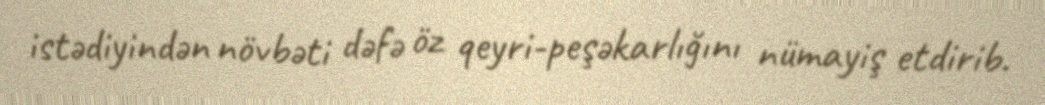
istədiyindən növbəti dəfə öz qeyri-peşəkarlığını nümayiş etdirib.